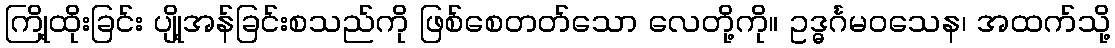
ကြို့ထိုးခြင်း ပျို့အန်ခြင်းစသည်ကို ဖြစ်စေတတ်သော လေတို့ကို။ ဥဒ္ဓင်္ဂမဝသေန၊ အထက်သို့